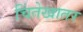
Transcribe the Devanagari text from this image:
चिंतेखातर